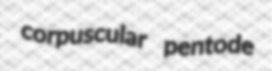
corpuscular pentode